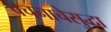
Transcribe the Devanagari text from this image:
वचनाचेसुद्धा